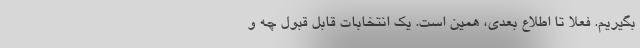
بگیریم. فعلاً تا اطلاع بعدی، همین است. یک انتخابات قابل قبول چه و